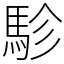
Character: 駗